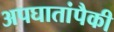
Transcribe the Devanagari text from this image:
अपघातांपैकी